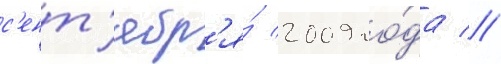
с'ент'ябр'я́ 2009 го́да //